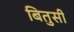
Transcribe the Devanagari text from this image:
बितुसी